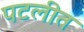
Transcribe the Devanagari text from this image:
पटलीत